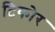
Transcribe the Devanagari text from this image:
टिकोर